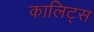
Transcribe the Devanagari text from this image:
कालिट्स